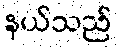
နယ်သည်